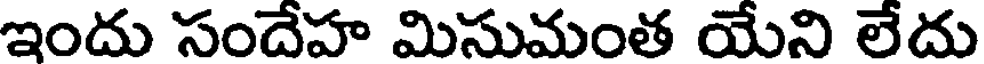
ఇందు సందేహ మిసుమంత యేని లేదు